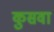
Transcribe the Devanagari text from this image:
कुसवा